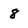
Character: 8